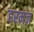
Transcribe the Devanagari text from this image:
हरमज़